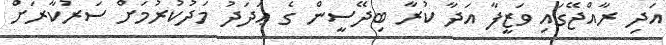
އަދި ރާއްޖޭގައި ވަޒީފާ އަދާ ކުރާ ބިދޭސީން ގެ ޢަދަދު މަދުކުރުމަށް ސަރުކާރަށް